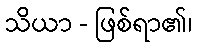
သိယာ - ဖြစ်ရာ၏၊